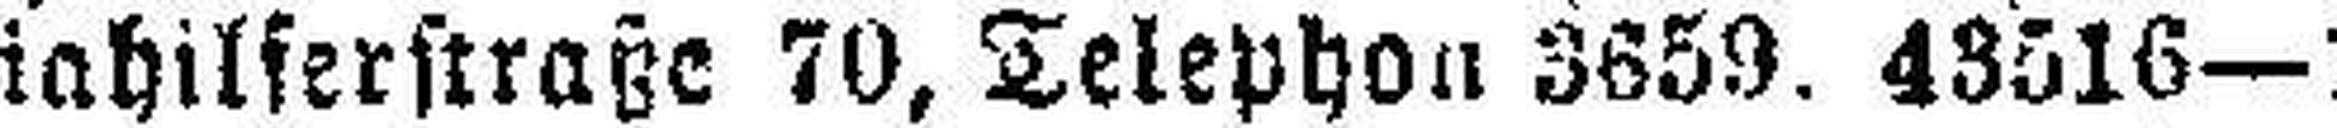
riahilferstraße 70, Telephon 3659. 48516—1